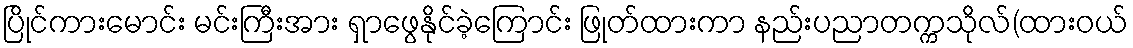
ပြိုင်ကားမောင်း မင်းကြီးအား ရှာဖွေနိုင်ခဲ့ကြောင်း ဖြုတ်ထားကာ နည်းပညာတက္ကသိုလ်(ထားဝယ်